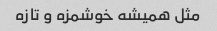
مثل همیشه خوشمزه و تازه